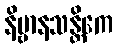
နိဗ္ဗာနသန္တိကေ